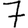
Digit: 7